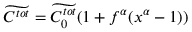
\widetilde { C ^ { t o t } } = \widetilde { C _ { 0 } ^ { t o t } } ( 1 + f ^ { \alpha } ( x ^ { \alpha } - 1 ) )